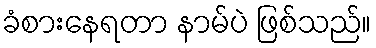
ခံစားနေရတာ နာမ်ပဲ ဖြစ်သည်။